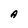
Character: A